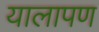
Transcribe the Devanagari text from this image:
यालापण